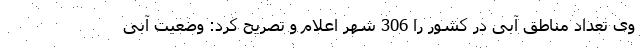
وی تعداد مناطق آبی در کشور را 306 شهر اعلام و تصریح کرد: وضعیت آبی